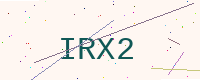
Text: IRX2